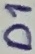
Text: D1